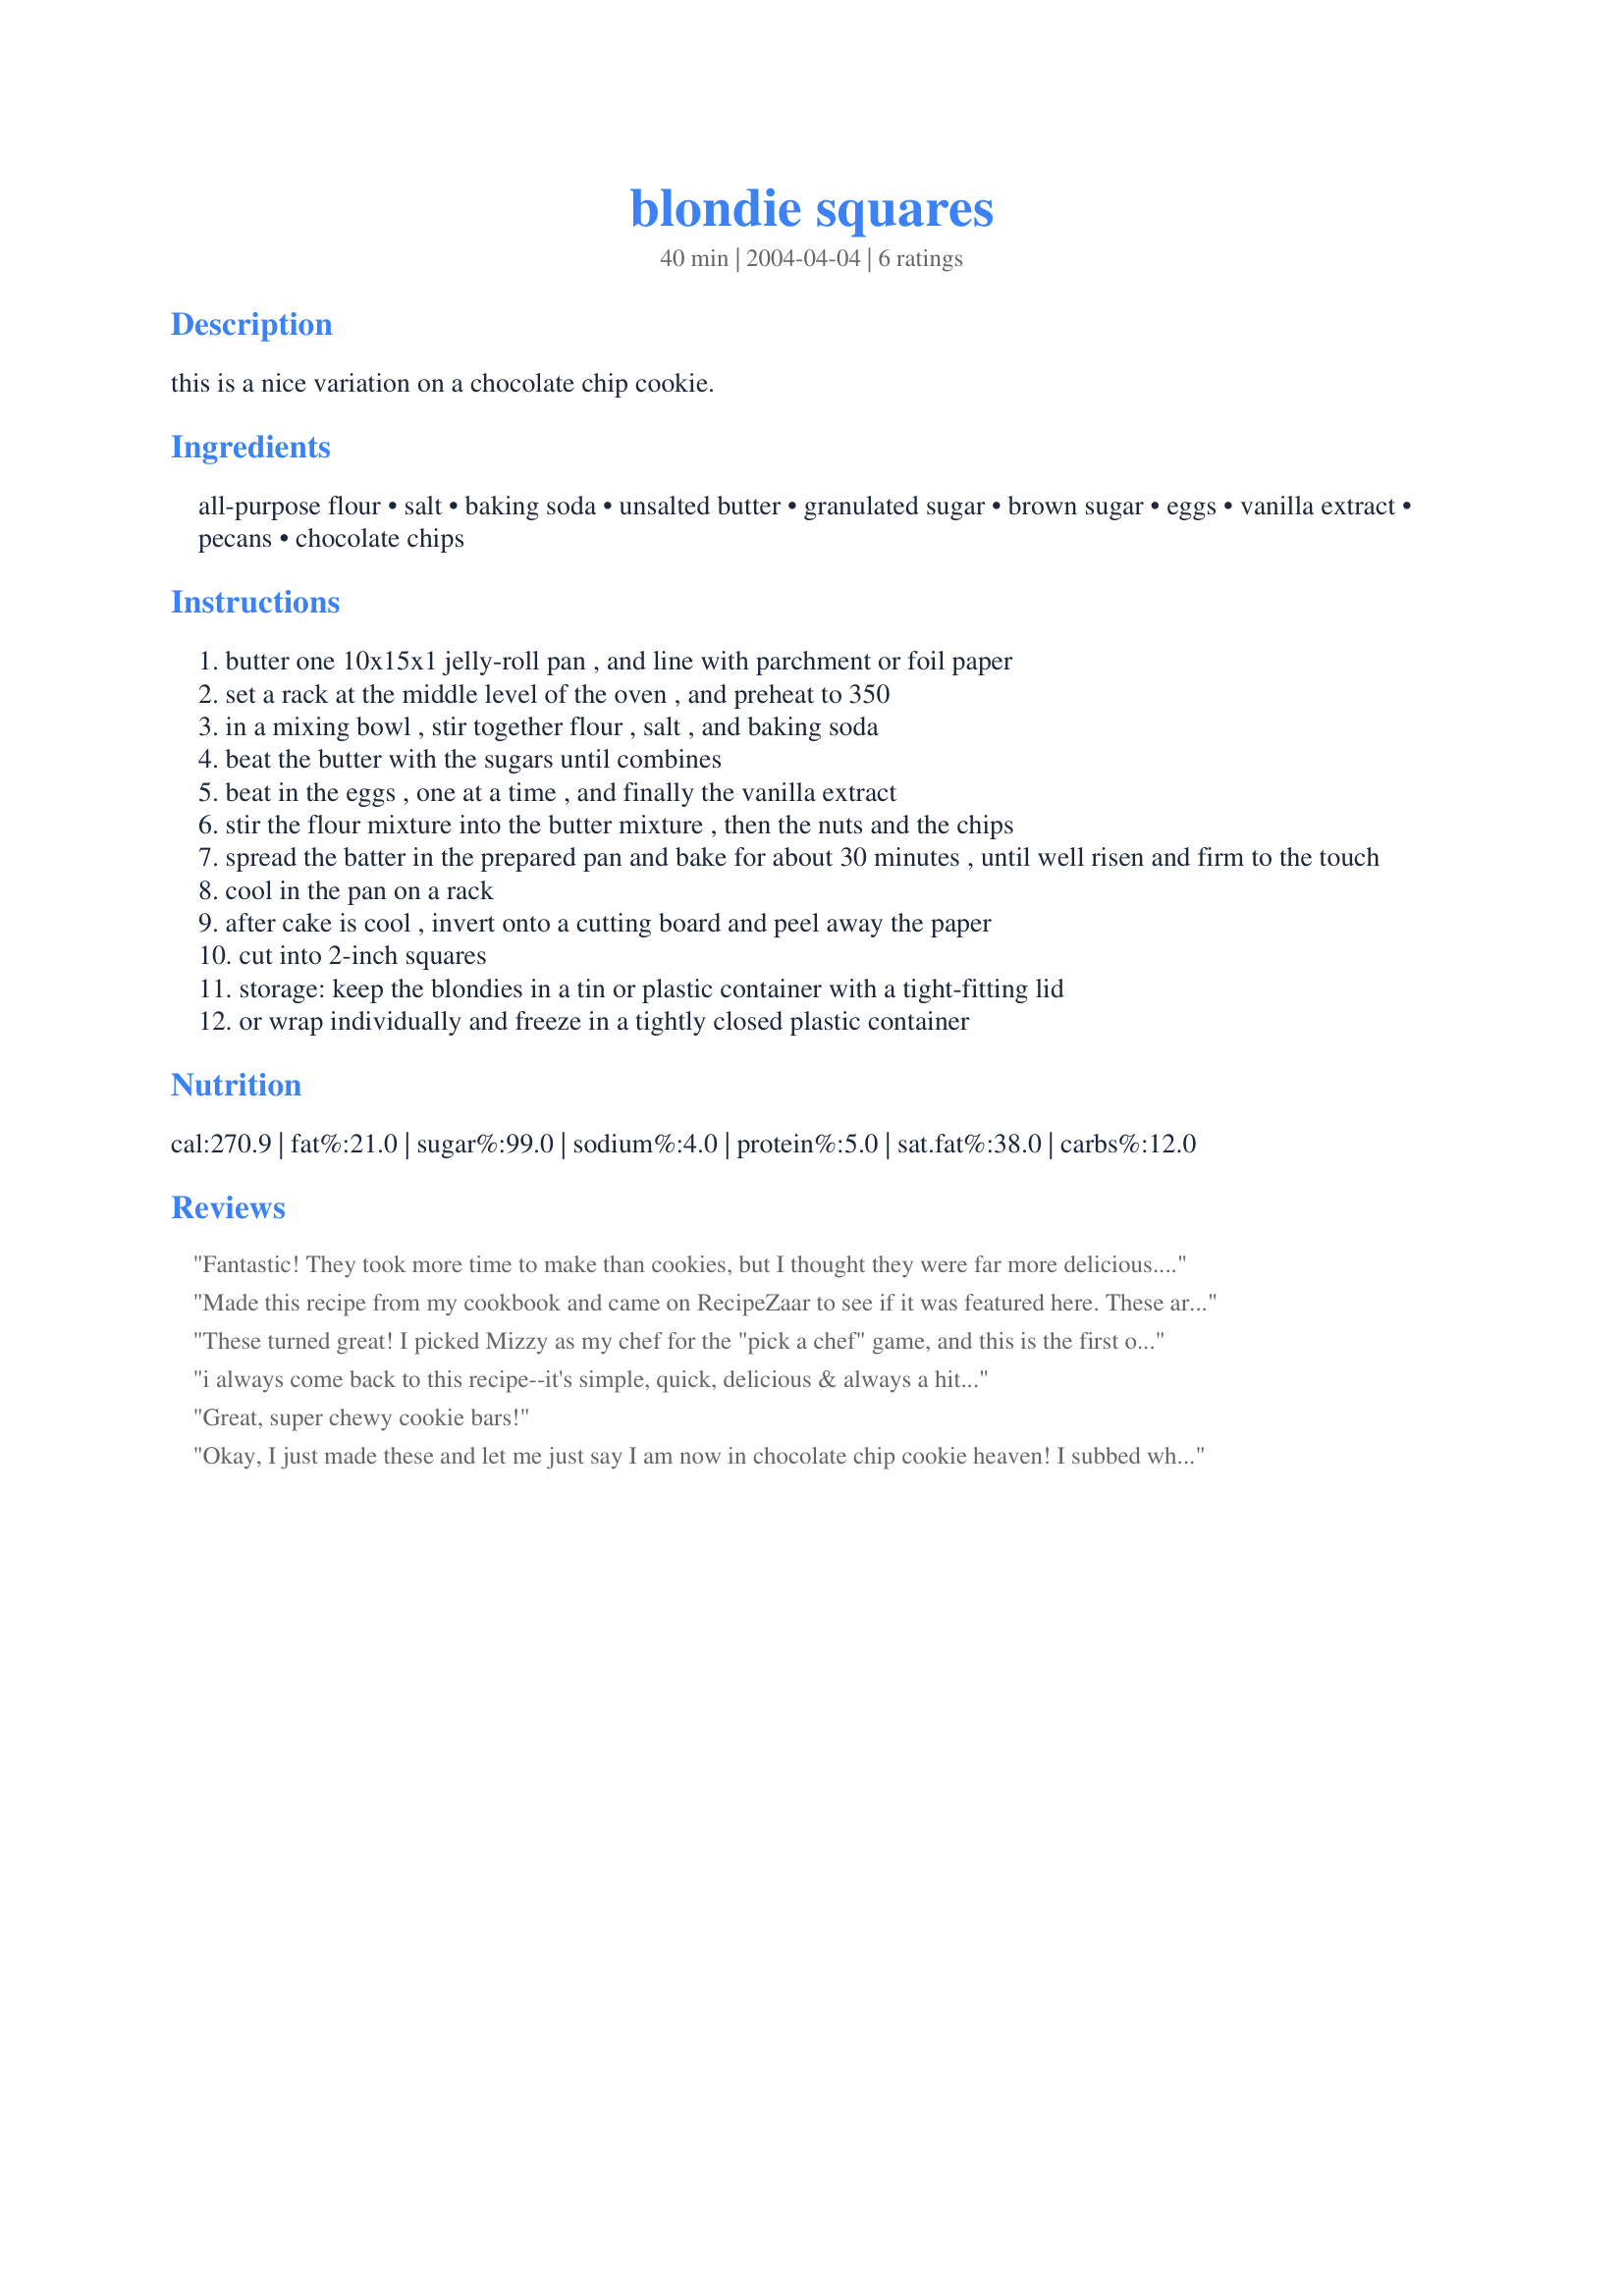
blondie squares
Preparation time: 40 minutes

this is a nice variation on a chocolate chip cookie.

Ingredients:
all-purpose flour, salt, baking soda, unsalted butter, granulated sugar, brown sugar, eggs, vanilla extract, pecans, chocolate chips

Steps:
butter one 10x15x1 jelly-roll pan , and line with parchment or foil paper
set a rack at the middle level of the oven , and preheat to 350
in a mixing bowl , stir together flour , salt , and baking soda
beat the butter with the sugars until combines
beat in the eggs , one at a time , and finally the vanilla extract
stir the flour mixture into the butter mixture , then the nuts and the chips
spread the batter in the prepared pan and bake for about 30 minutes , until well risen and firm to the touch
cool in the pan on a rack
after cake is cool , invert onto a cutting board and peel away the paper
cut into 2-inch squares
storage: keep the blondies in a tin or plastic container with a tight-fitting lid
or wrap individually and freeze in a tightly closed plastic container

Reviews:
Fantastic! They took more time to make than cookies, but I thought they were far more delicious. I followed the recipe exactly and they turned out perfectly. Thanks!
Made this recipe from my cookbook and came on RecipeZaar to see if it was featured here. These are so good, I didn't have pecans or walnuts so I just left them out and added a little more chocolate chips than the recipe called for. Very good, saving this recipe!
These turned great! I picked Mizzy as my chef for the "pick a chef" game, and this is the first of sereval recipes I will review of Mizzy's. Boy... I picked a winner with this recipe! I could hardly wait for these to come out of the oven! They are very similar to a chocolate chip cookie, but a little sweater in my opinion! I followed the recipe exactly and wouldn't change a thing!
i always come back to this recipe--it's simple, quick, delicious & always a hit...
Great, super chewy cookie bars!
Okay, I just made these and let me just say I am now in chocolate chip cookie heaven! I subbed whole wheat flour for 1/3 of the flour and used a little less sugar (not sure how much less though) since I don't like my desserts too sweet :). I reduced the serving size in half and found that it cooked perfectly in a little under 20 minutes. This is seriously one of the best desserts I have made. They are nice and soft and chewy and full of gooey chocolate goodness! I've already eaten most of the pan, lol! I'm not sure how long these are going to last... This is a must make recipe for cookie lovers everywhere!
